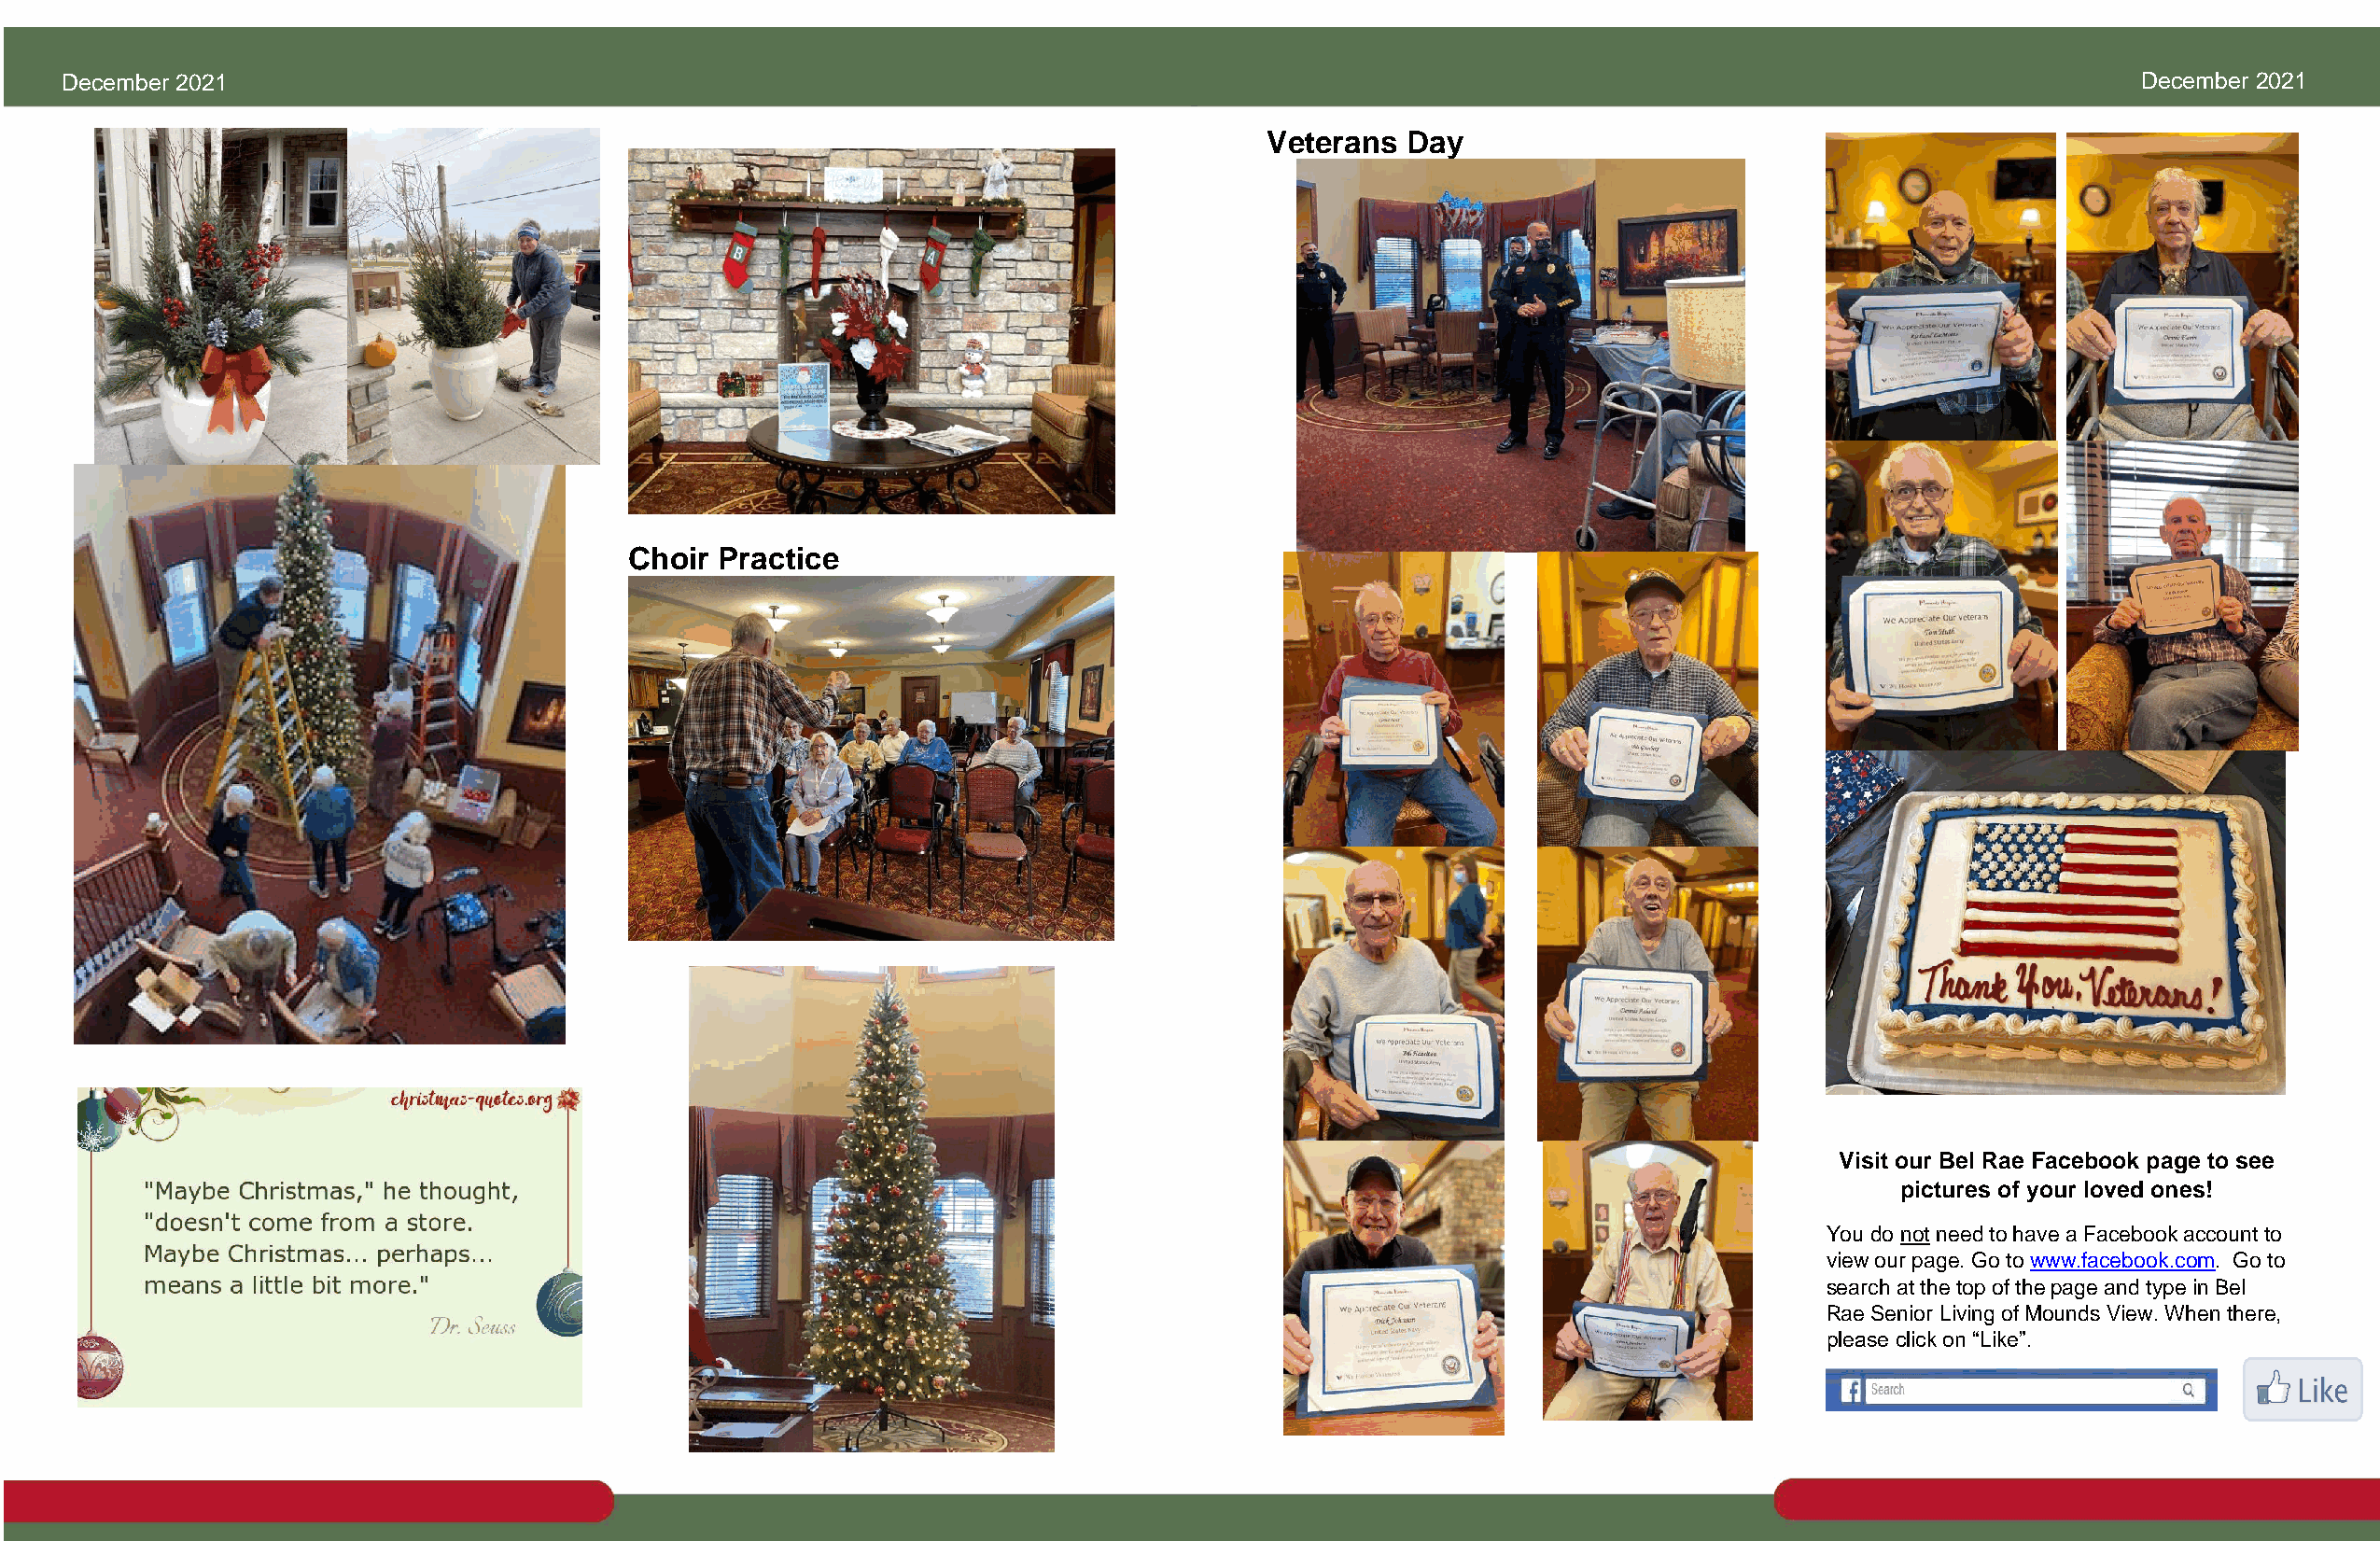
December 2021                                                                                                                                       December 2021
 Veterans  Day
 Choir Practice
 Visit our Bel Rae Facebook page to see
 pictures of your loved ones!
 You do not need to have a Facebook account to
 view our page. Go to www.facebook.com. Go to
 search at the top of the page and type in Bel
 Rae Senior Living of Mounds View. When there,
 please click on “Like”.